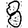
Digit: 8